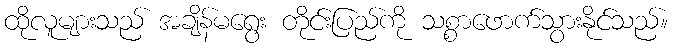
ထိုလူများသည် အချိန်မရွေး တိုင်းပြည်ကို သစ္စာဖောက်သွားနိုင်သည်။